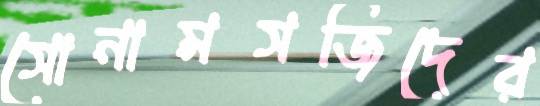
সোনামসজিদের